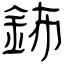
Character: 鈽